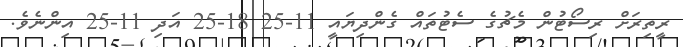
ރީތިރަށް ރިސޯޓުން މެޗުގެ ސެޓުތައް ގެންދިޔައީ 11-25 18-25 އަދި 11-25 އިންނެވެ.